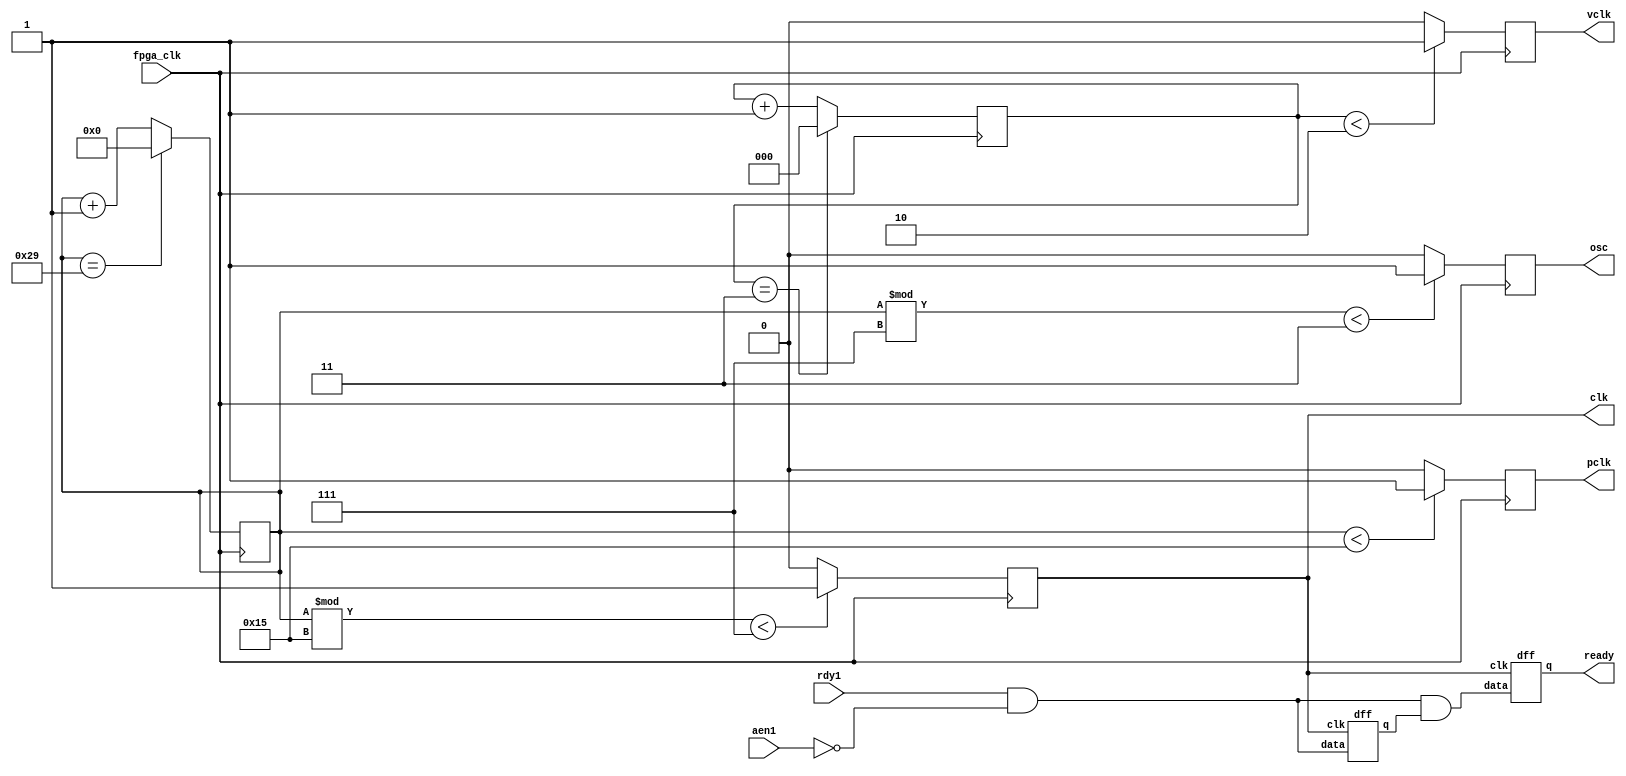
module intel8284a(
        fpga_clk,
        rdy1,
        aen1,
        ready,
        clk,
        osc,
        pclk,
        vclk
);

input fpga_clk, rdy1, aen1;
output ready, clk, osc, pclk, vclk;

reg [5:0] counter;
reg [2:0] counter2;

reg clk, reset, osc, pclk, vclk;
wire ready;

wire a1, a2, o1, q1;

and and1(a1, rdy1, ~aen1); 
assign a2 = 1'b0;
or or1(o1, a1, a2);
dff dff1(o1, clk, q1);
and and2(a3, o1, q1);
dff dff2(a3, clk, ready);

initial begin
    counter = 0;
    counter2 = 0;
end


always @(posedge fpga_clk) begin
    if(counter == 6'd41)
        counter <= 0;
    else
        counter <= counter + 1;
    if(counter2 == 6'd3)
        counter2 <= 0;
    else
        counter2 <= counter2 + 1;
    
    if (counter < 21) begin
        pclk <= 1'b1;
    end
    else begin
        pclk <= 1'b0;
    end

    if ((counter % 21) < 7) begin
        clk <= 1'b1;
    end
    else begin
        clk <= 1'b0;
    end

    if ((counter % 7) < 3) begin
        osc <= 1'b1;
    end
    else begin
        osc <= 1'b0;
    end

    if (counter2 < 2) begin
        vclk <= 1'b1;
    end
    else begin
        vclk <= 1'b0;
    end
end

endmodule // 8284a

module dff(
    data,
    clk,
    q
);

input data, clk;
output q;

reg q;

always @(posedge clk)
    q <= data;

endmodule // dff